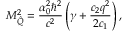
M _ { \hat { Q } } ^ { 2 } = \frac { \alpha _ { 0 } ^ { 2 } \hbar ^ { 2 } } { c ^ { 2 } } \left( \gamma + \frac { c _ { 2 } q ^ { 2 } } { 2 c _ { 1 } } \right) ,